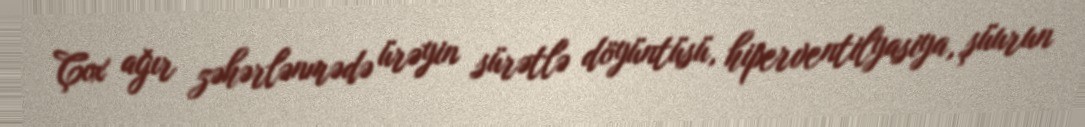
Çox ağır zəhərlənmədə ürəyin sürətlə döyüntüsü, hiperventilyasiya, şüurun